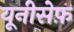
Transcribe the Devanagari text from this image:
यूनीसेफ़